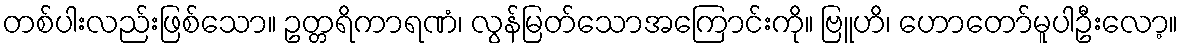
တစ်ပါးလည်းဖြစ်သော။ ဥတ္တရိကာရဏံ၊ လွန်မြတ်သောအကြောင်းကို။ ဗြူဟိ၊ ဟောတော်မူပါဦးလော့။